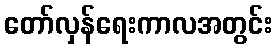
တော်လှန်ရေးကာလအတွင်း